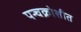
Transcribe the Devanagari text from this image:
पन्चक्रोशीत